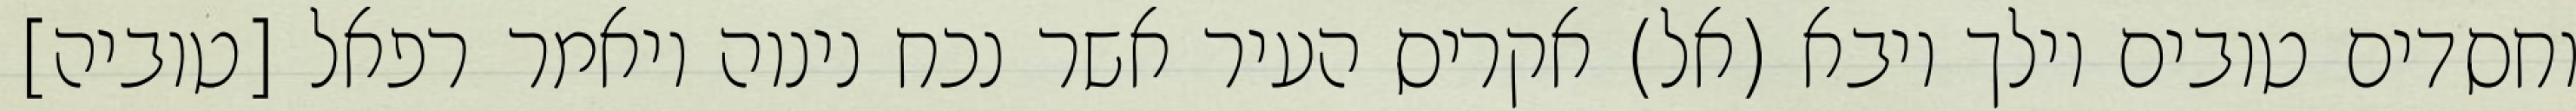
וחסדים טובים וילך ויבא (אל) אקריס העיר אשר נכח נינוה ויאמר רפאל [טוביה]